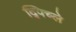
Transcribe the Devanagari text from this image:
द्पिच्ले